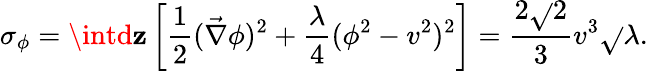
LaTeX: \sigma_{\phi}=\intd\mathbf{z}\left[\frac{{1}}{{2}}(\vec{{\nabla}}\phi)^{2}+\frac{{\lambda}}{{4}}(\phi^{2}-v^{2})^{2}\right]=\frac{{2\sqrt{}{{2}}}}{{3}}v^{3}\sqrt{}{{\lambda}}.